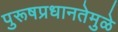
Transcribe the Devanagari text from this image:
पुरूषप्रधानतेमुळे